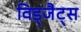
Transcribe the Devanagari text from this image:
विड्जैट्स